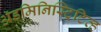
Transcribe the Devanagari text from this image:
अॅडमिनिस्ट्रिटिव्ह